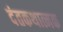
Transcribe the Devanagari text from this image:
दंतकथात्मक